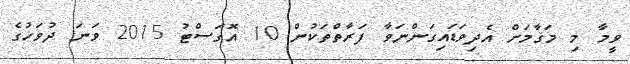
ވީމާ މި މަޤާމަށް އެދިވަޑައިގަންނަވާ ފަރާތްތަކުން 10 އޮގަސްޓު 2015 ވަނަ ދުވަހުގެ